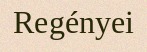
Regényei